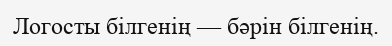
Логосты білгенің — бәрін білгенің.